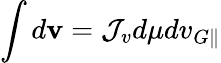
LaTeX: \int d\mathbf{v}=\mathcal{J}_{v}d\mu dv_{G\parallel}